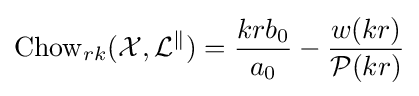
\operatorname {Chow} _{rk}({\mathcal {X}},{\mathcal {L^{k}}})={\frac {krb_{0}}{a_{0}}}-{\frac {w(kr)}{{\mathcal {P}}(kr)}}